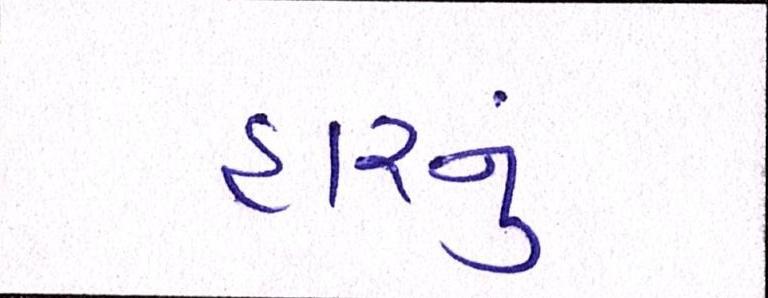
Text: હારનું